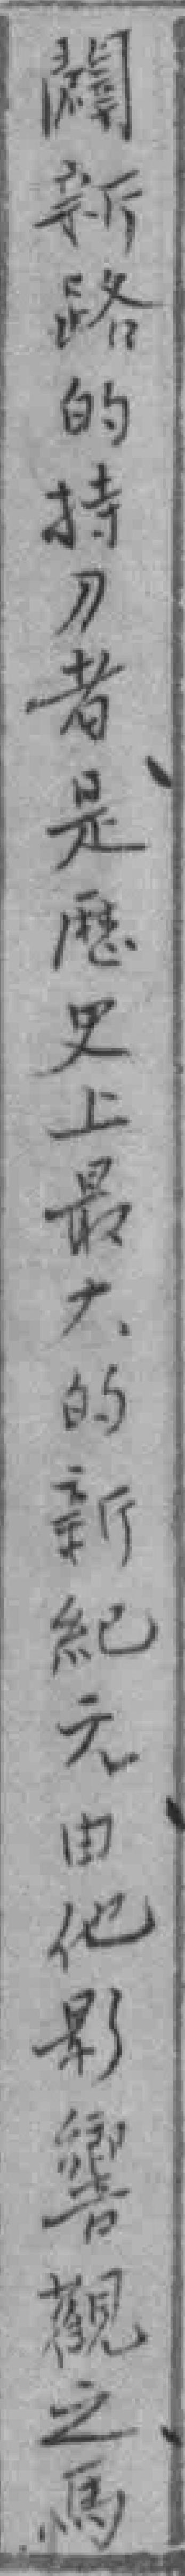
闢新路的持刀者是歴史上最大的新紀元由他影響觀之馬